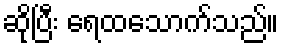
ဆိုပြီး ရေထသောက်သည်။